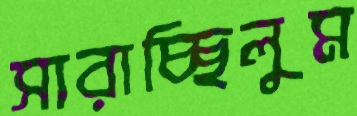
সারাচ্ছিলুম